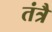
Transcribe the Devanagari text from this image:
तंत्रै